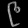
Digit: ၉